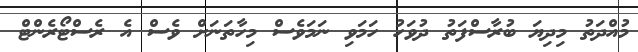
މުއްދަތު މިދިޔަ ބުރާސްފަތު ދުވަހު ހަމަވި ނަމަވެސް މިހާތަނަށް ވެސް އެ ރެސްޓޯރެންޓް